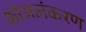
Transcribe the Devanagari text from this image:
कोअलंकरण